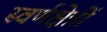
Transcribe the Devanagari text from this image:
स्वर्णक्षेत्रों